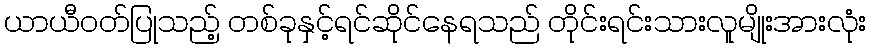
ယာယီဝတ်ပြုသည့် တစ်ခုနှင့်ရင်ဆိုင်နေရသည် တိုင်းရင်းသားလူမျိုးအားလုံး